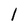
Character: 1